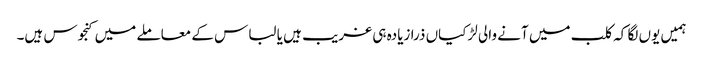
ہمیں یوں لگا کہ کلب میں آنے والی لڑکیاں ذرا زیادہ ہی غریب ہیں یا لباس کے معاملے میں کنجوس ہیں۔